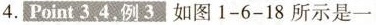
4.Point3、4.例3如图1-6-18所示是一